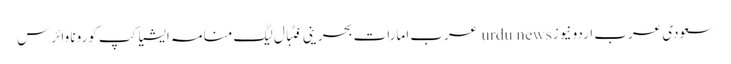
سعودی عرب اردو نیوز urdu news عرب امارات بحرینی فٹبال لیگ منامہ ایشیا کپ کورونا وائرس